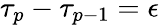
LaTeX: \tau_{p}-\tau_{p-1}=\epsilon